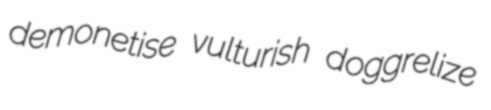
demonetise vulturish doggrelize